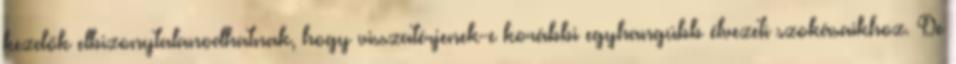
kezdők elbizonytalanodhatnak, hogy visszatérjenek-e korábbi egyhangúbb élvezeti szokásaikhoz. De